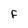
Character: F